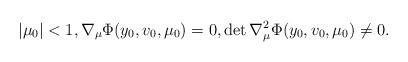
LaTeX: \begin{align*}|\mu_0| < 1, \nabla_\mu \Phi(y_0,v_0,\mu_0) = 0, \det \nabla_\mu^2 \Phi(y_0,v_0,\mu_0) \neq 0.\end{align*}